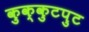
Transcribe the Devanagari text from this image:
कुक्कुटपुट